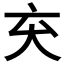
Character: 𫝅